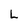
Character: L